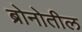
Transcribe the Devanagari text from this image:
ब्रोनोतील